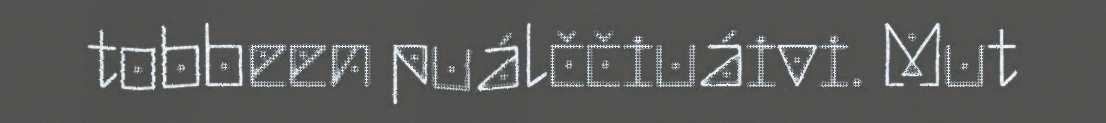
tobbeen puálččiuáivi. Mut